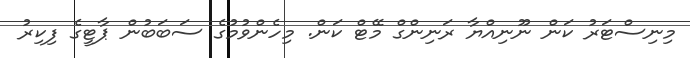
މިނިސްޓަރު ކަން ނޫނިއްޔާ ރަނިންގް މޭޓް ކަން. މިހެންވުމުގެ ސަބަބުން ޕާޓީގެ ފިކިރު